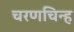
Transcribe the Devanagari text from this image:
चरणचिन्ह